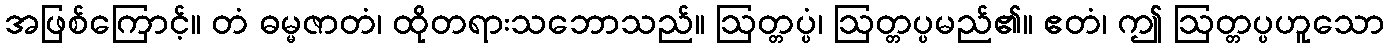
အဖြစ်ကြောင့်။ တံ ဓမ္မဇာတံ၊ ထိုတရားသဘောသည်။ ဩတ္တပ္ပံ၊ ဩတ္တပ္ပမည်၏။ ဧတံ၊ ဤ ဩတ္တပ္ပဟူသော